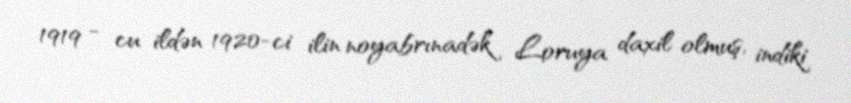
1919 - cu ildən 1920-ci ilin noyabrınadək Loruya daxil olmuş, indiki